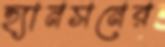
হ্যানসনের